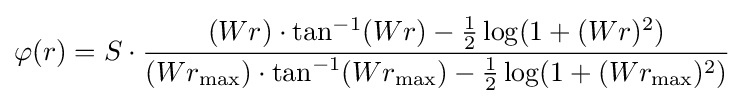
\varphi (r)=S\cdot {\frac {(Wr)\cdot \tan ^{-1}(Wr)-{\frac {1}{2}}\log(1+(Wr)^{2})}{(Wr_{\max })\cdot \tan ^{-1}(Wr_{\max })-{\frac {1}{2}}\log(1+(Wr_{\max })^{2})}}